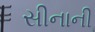
સીનાની